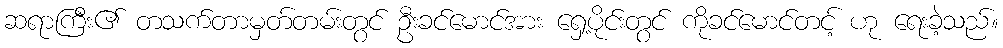
ဆရာကြီး၏ တသက်တာမှတ်တမ်းတွင် ဦးခင်မောင်အား ရှေ့ပိုင်းတွင် ကိုခင်မောင်တင့် ဟု ရေးခဲ့သည်။